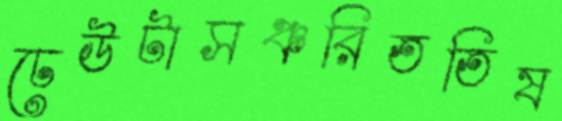
ঢেউটাসঞ্চরিততিষ